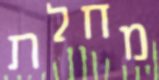
מחלת